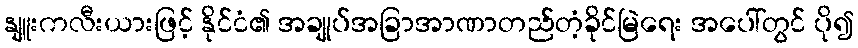
နျူးကလီးယားဖြင့် နိုင်ငံ၏ အချုပ်အခြာအာဏာတည်တံ့ခိုင်မြဲရေး အပေါ်တွင် ပို၍